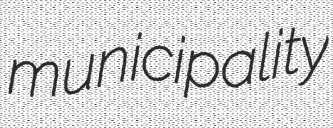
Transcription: municipality